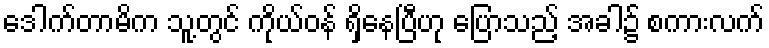
ဒေါက်တာမိက သူ့တွင် ကိုယ်ဝန် ရှိနေပြီဟု ပြောသည့် အခါ၌ စကားလက်